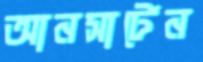
আনসার্টেন